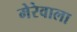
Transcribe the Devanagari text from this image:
मेरेवाला